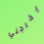
يخرجني